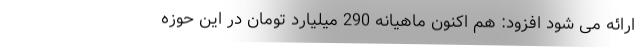
ارائه می شود افزود: هم اکنون ماهیانه 290 میلیارد تومان در این حوزه